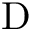
\mathrm { D }